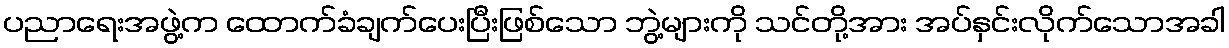
ပညာရေးအဖွဲ့က ထောက်ခံချက်ပေးပြီးဖြစ်သော ဘွဲ့များကို သင်တို့အား အပ်နှင်းလိုက်သောအခါ